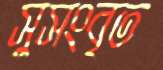
সুসংবৃত